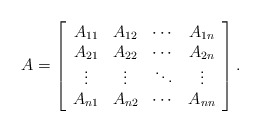
\begin{align*}A =\left[\begin{array}{cccc}A_{11} & A_{12} & \cdots & A_{1n} \\A_{21} & A_{22} & \cdots & A_{2n} \\\vdots & \vdots & \ddots & \vdots \\A_{n1} & A_{n2} & \cdots & A_{nn}\end{array}\right] .\end{align*}